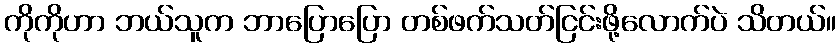
ကိုကိုဟာ ဘယ်သူက ဘာပြောပြော တစ်ဖက်သတ်ငြင်းဖို့လောက်ပဲ သိတယ်။